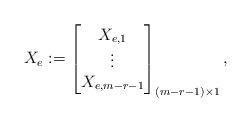
LaTeX: \begin{align*}X_e :=\begin{bmatrix}X_{e,1} \\\vdots \\X_{e,m-r-1}\end{bmatrix}_{(m-r-1) \times 1},\end{align*}